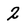
Character: 2